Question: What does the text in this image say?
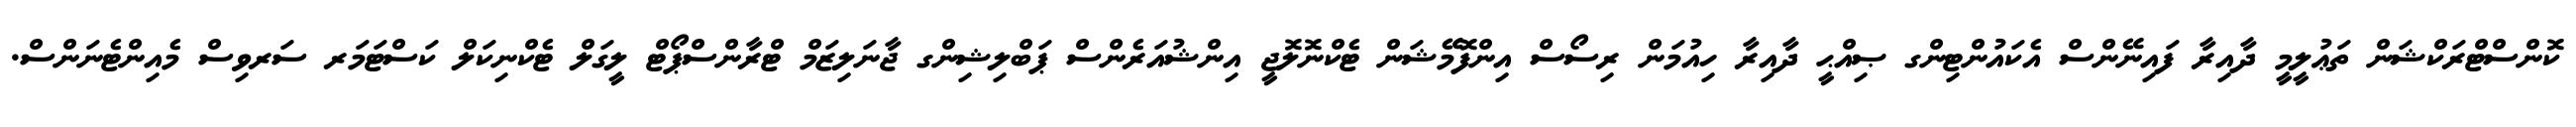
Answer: ކޮންސްޓްރަކްޝަން ތަޢުލީމީ ދާއިރާ ފައިނޭންސް އެކައުންޓިންގ ޞިއްޙީ ދާއިރާ ހިއުމަން ރިސޯސް އިންފޮމޭޝަން ޓެކްނޮލޮޖީ އިންޝުއަރެންސް ޕަބްލިޝިންގ ޖާނަލިޒަމް ޓްރާންސްޕޯޓް ލީގަލް ޓެކްނިކަލް ކަސްޓަމަރ ސަރވިސް މެއިންޓެނަންސް.